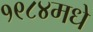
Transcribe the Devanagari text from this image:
१९८४मधे